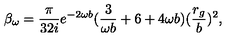
\beta _ { \omega } = \frac { \pi } { 3 2 i } e ^ { - 2 \omega b } ( \frac { 3 } { \omega b } + 6 + 4 \omega b ) ( \frac { r _ { g } } { b } ) ^ { 2 } ,